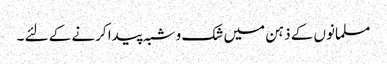
مسلمانوں کے ذہن میں شک و شبہ پیدا کرنے کے لئے ۔